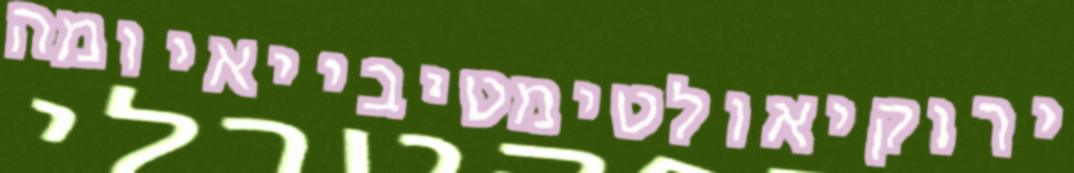
ירוקיאולטימטיבייאיומה